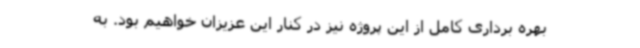
بهره برداری کامل از این پروژه نیز در کنار این عزیزان خواهیم بود. به